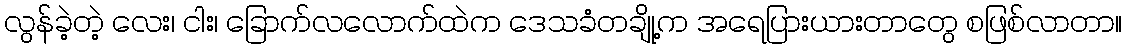
လွန်ခဲ့တဲ့ လေး၊ ငါး၊ ခြောက်လလောက်ထဲက ဒေသခံတချို့က အရေပြားယားတာတွေ စဖြစ်လာတာ။